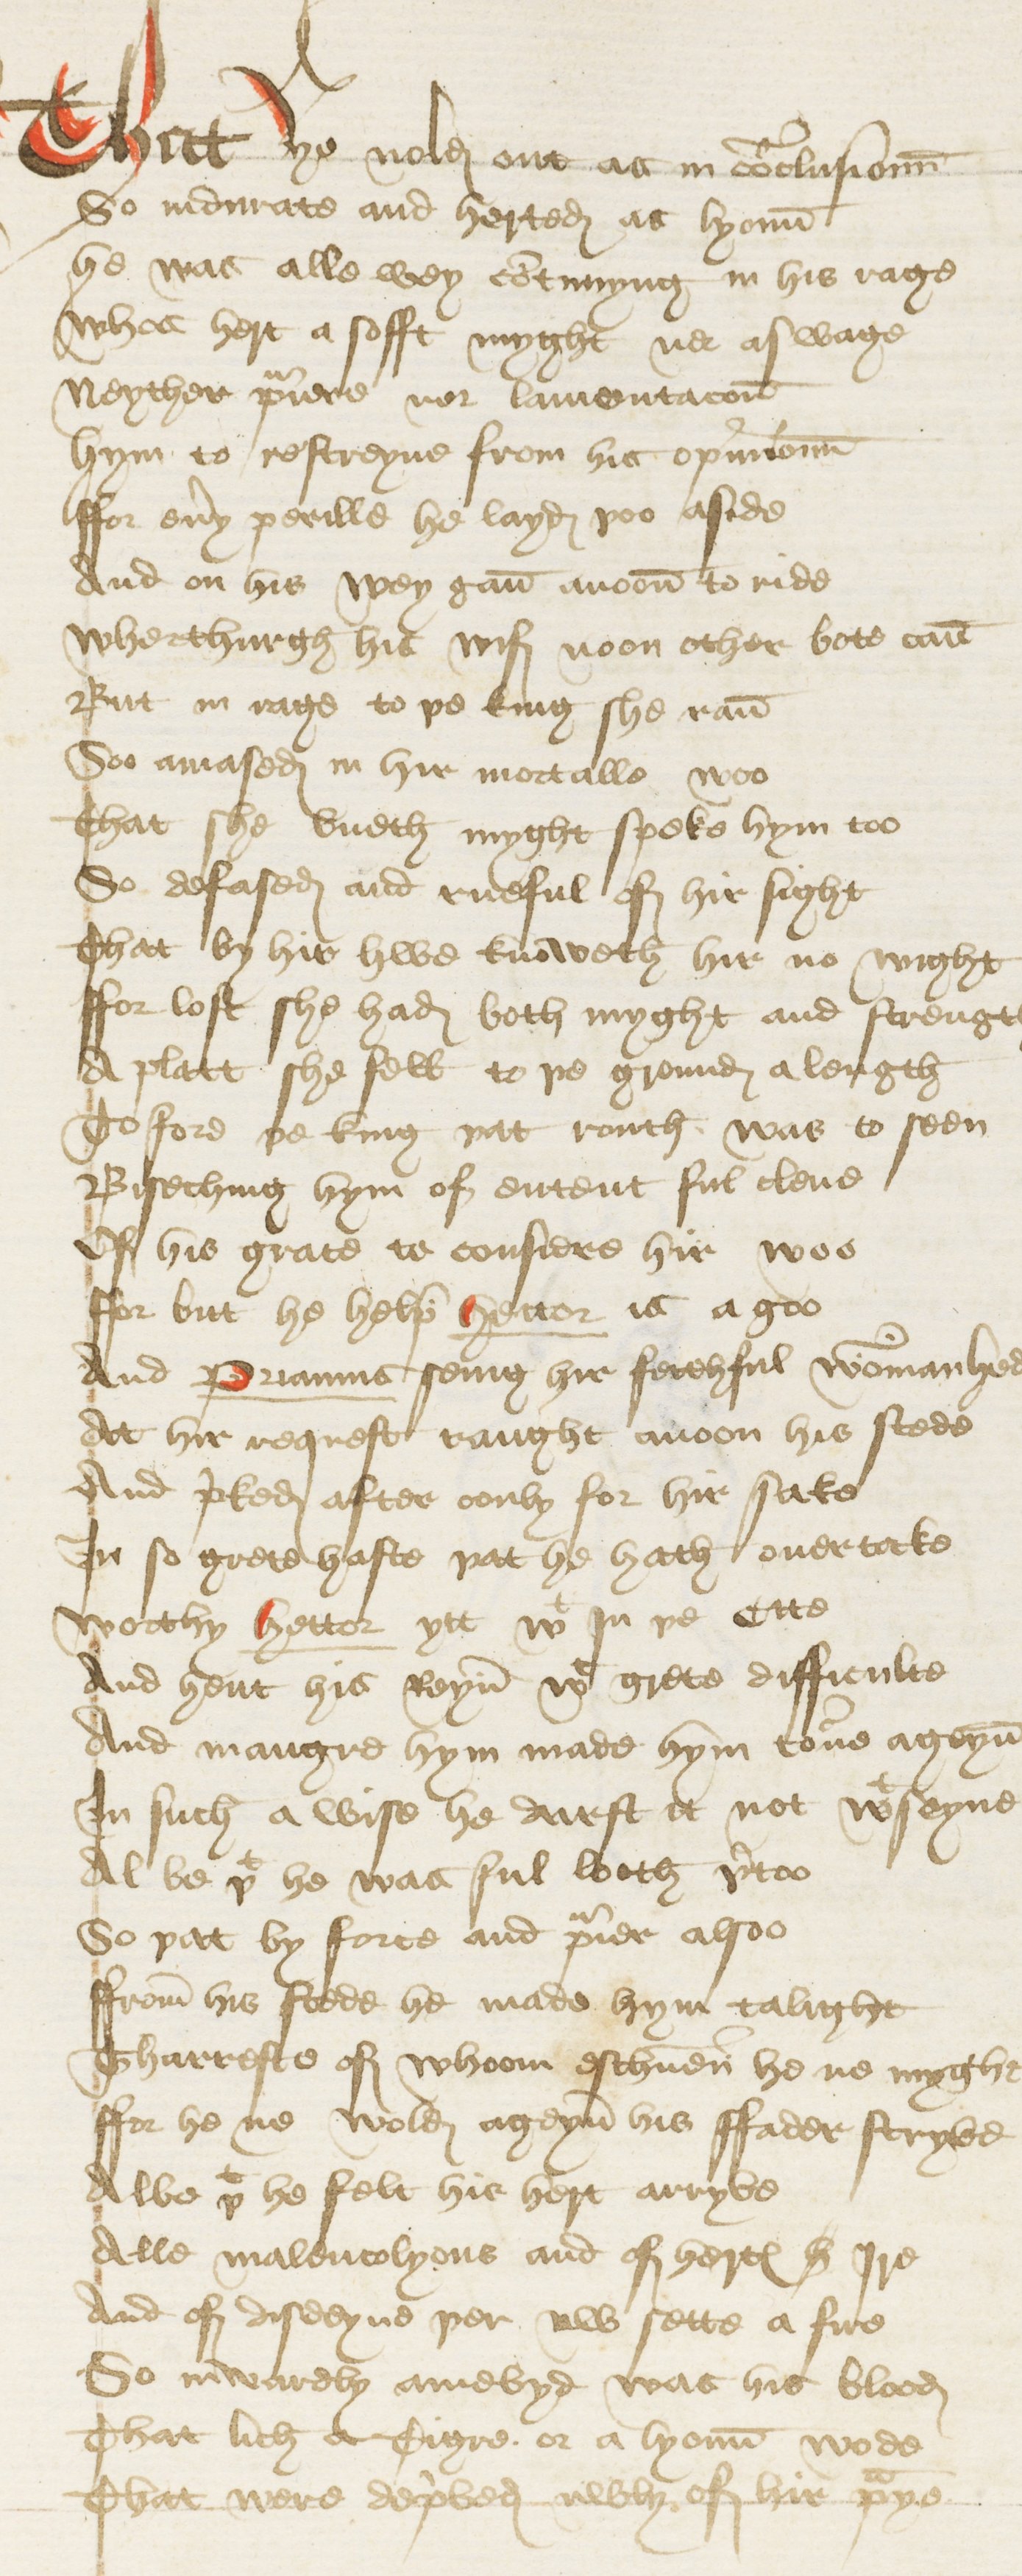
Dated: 1440–1460